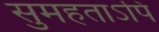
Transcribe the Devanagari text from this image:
सुमहताऽपि